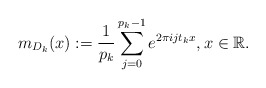
\begin{align*} m_{D_{k}}(x):=\frac{1}{p_{k}}\sum_{j=0}^{p_{k}-1}e^{2\pi ijt_{k}x}, x\in \mathbb{R}.\end{align*}